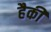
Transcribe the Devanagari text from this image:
हैकी